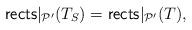
LaTeX: \begin{align*}\mathsf{rects}|_{\mathcal{P}'}(T_S) = \mathsf{rects}|_{\mathcal{P}'}(T),\end{align*}